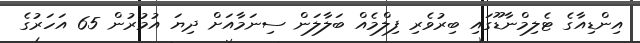
އިންޑިއާގެ ޓެލިމްނާޑޫގައި ބިރުވެރި ފިލްމެއް ބަލާލަން ސިނަމާއަށް ދިޔަ އުމުރުން 65 އަހަރުގެ